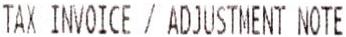
TAX INVOICE / ADJUSTMENT NOTE